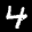
Label: 4